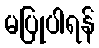
မပြုပါရန်